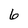
Character: 6